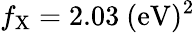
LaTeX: f_{\mathrm{{X}}}=2.03~\mathrm{{(eV)^{2}}}